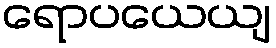
ရောပယေယျ